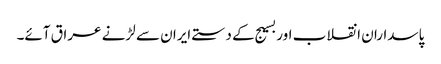
پاسداران انقلاب اور بسیج کے دستے ایران سے لڑنے عراق آئے۔